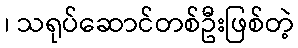
၊ သရုပ်ဆောင်တစ်ဦးဖြစ်တဲ့